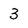
Character: 3